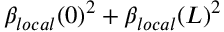
\beta _ { l o c a l } ( 0 ) ^ { 2 } + \beta _ { l o c a l } ( L ) ^ { 2 }